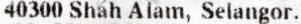
40300 SHAH ALAM, SELANGOR.